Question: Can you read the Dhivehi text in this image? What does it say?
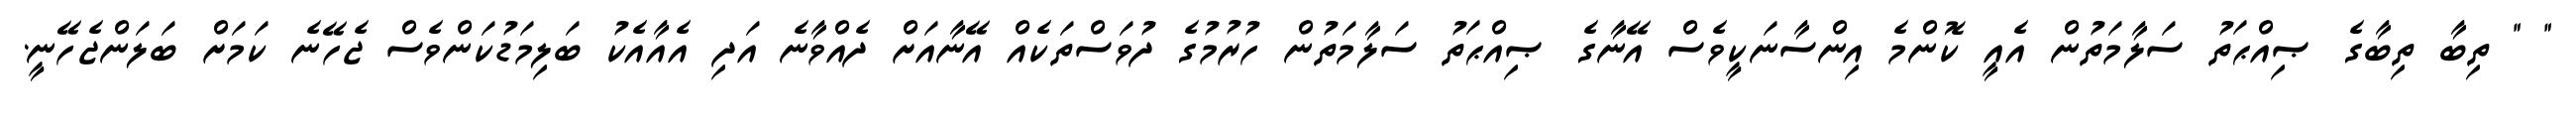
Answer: " " ތިބާ ތިބާގެ ޞިއްޙަތު ސަލާމަތުން އެއީ ކޮންމެ އިންސާނަކީވެސް އޭނާގެ ޞިއްޙަތު ސަލާމަތުން ހުރުމުގެ ދުވަސްތަކެއް އޭނާއަށް ދެއްވާނެ އަދި އެއާއެކު ބަލިމަޑުކަންވެސް ޖެހޭނެ ކަމަށް ބަލަންޖެހޭނީ.